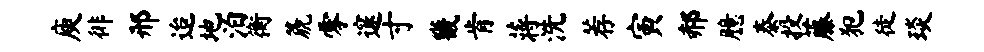
庾徘邢迨地泊衡篪零邃寸畿肯蒋洗荐寅郝臆泰投藤犯徒琰